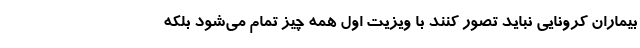
بیماران کرونایی نباید تصور کنند با ویزیت اول همه چیز تمام می‌شود بلکه